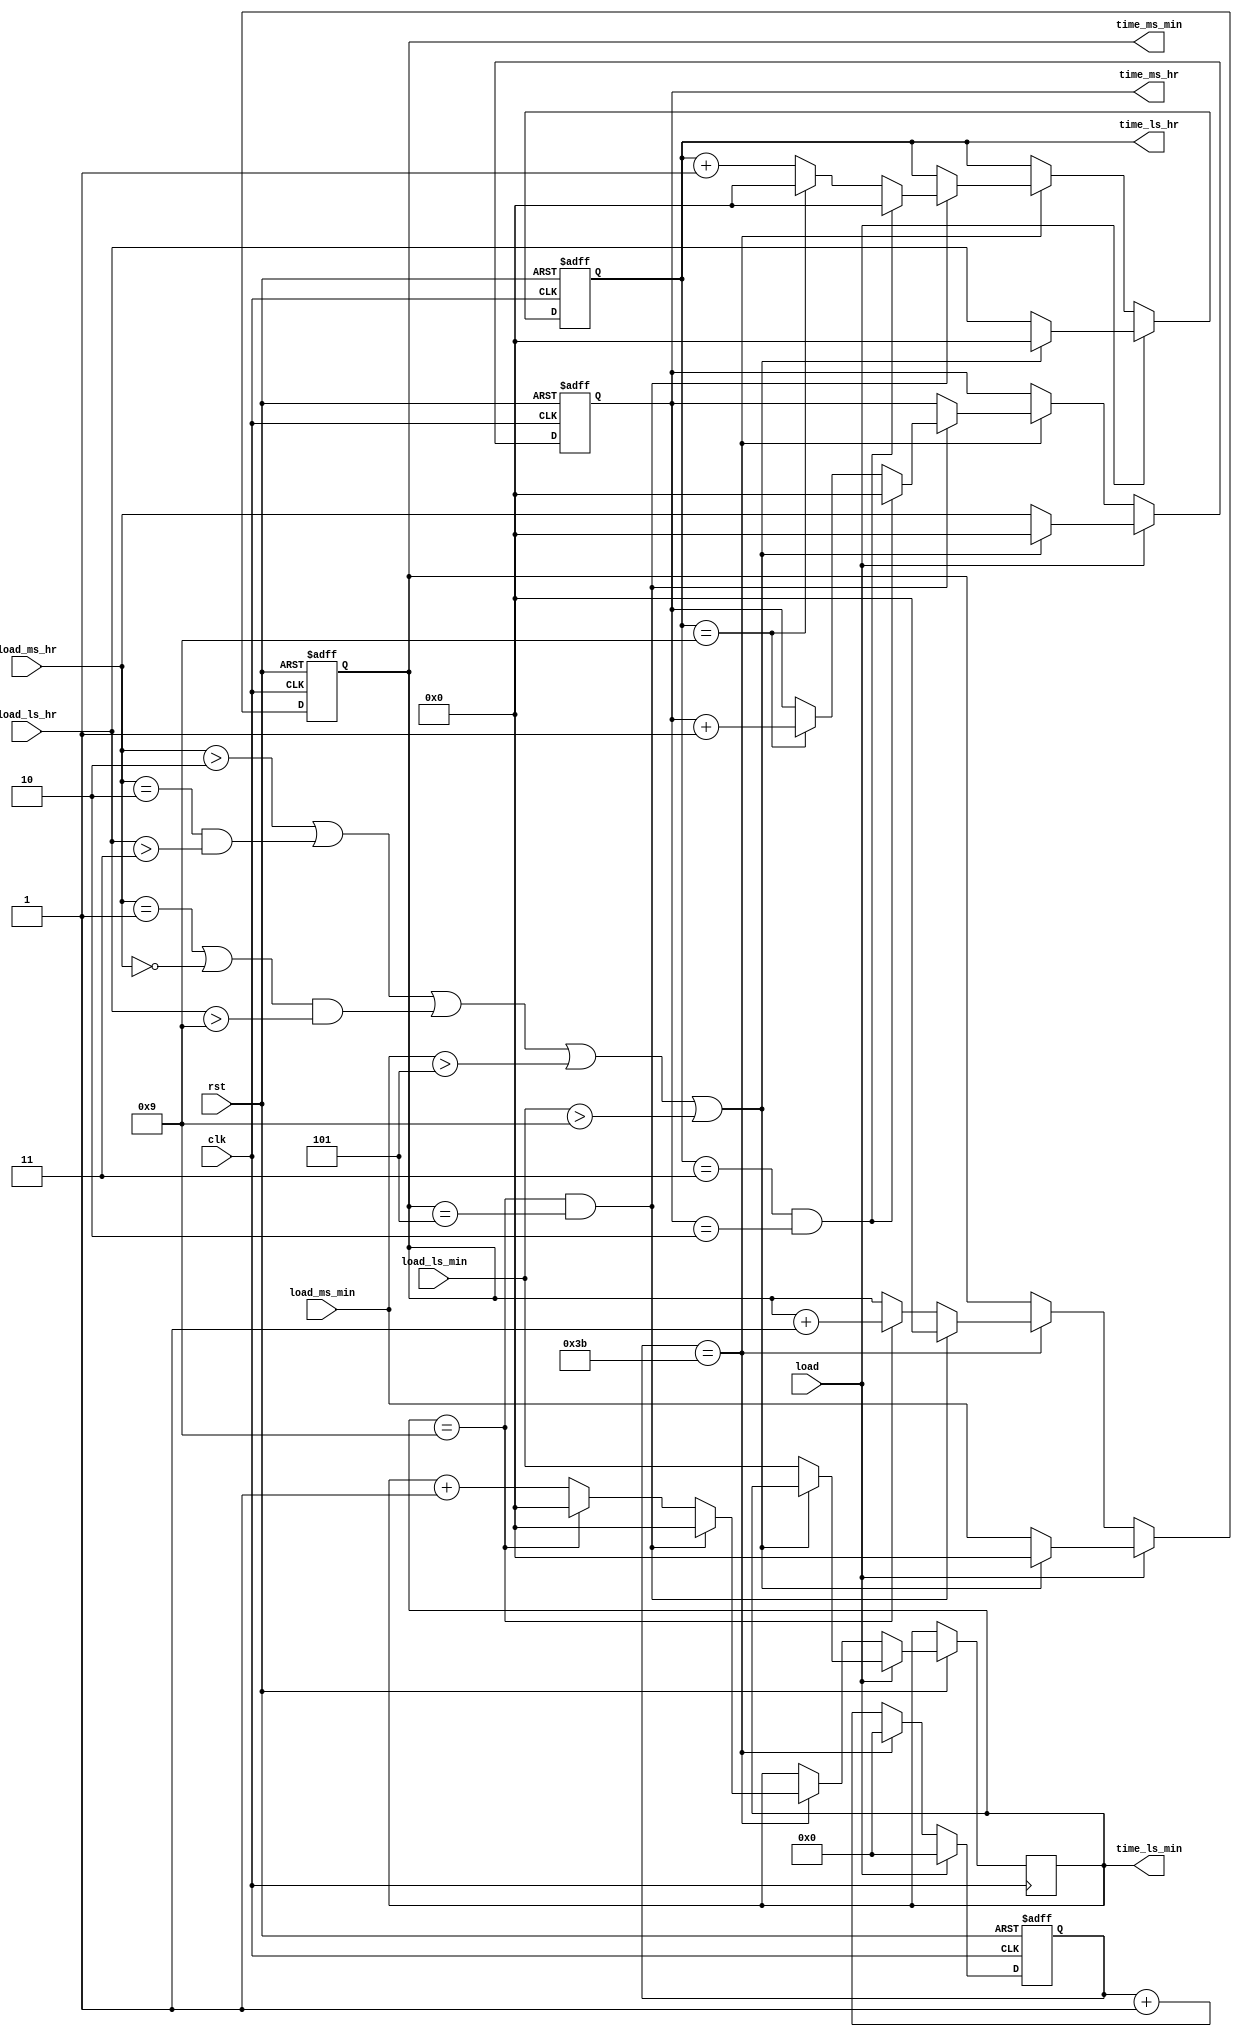
module clock(clk,rst,load,load_ms_hr,load_ls_hr,load_ms_min,load_ls_min,time_ms_hr,
		time_ls_hr,time_ms_min,time_ls_min);

	input clk,rst,load;
	input [3:0] load_ms_hr,load_ls_hr;
	input [3:0] load_ms_min,load_ls_min;
	output reg [3:0] time_ms_hr,time_ls_hr,time_ms_min,time_ls_min;
	reg [6:0] s;
always@(posedge clk or negedge rst)
begin
	if(!rst)
	begin
		time_ms_hr<=0;
		time_ls_hr<=0;
		time_ms_min<=0;
		time_ms_min<=0;
		s<=0;
	end

	else
	begin
		if(load)
		begin
			if((load_ms_hr>2)||((load_ms_hr==2)&&(load_ls_hr>3))||(((load_ms_hr==1)||(load_ms_hr==0))&&(load_ls_hr>9))||(load_ms_min>5)||(load_ls_min>9))
			begin
				time_ms_hr<=0;
				time_ls_hr<=0;
				time_ms_min<=0;
				time_ms_min<=0;
				s<=0;				
			end
			else
			begin
				time_ms_hr<=load_ms_hr;
				time_ls_hr<=load_ls_hr;
				time_ms_min<=load_ms_min;
				time_ls_min<=load_ls_min;
				s<=0;
			end
		end
		else
		begin
			if(s==59)
			begin
				if((time_ls_min==9)&&(time_ms_min==5))
				begin
					if((time_ls_hr==3)&&(time_ms_hr==2))
					begin
						time_ls_hr<=0;
						time_ms_hr<=0;
						time_ls_min<=0;
						time_ms_min<=0;
						s<=0;
					end
					else
					begin
						if(time_ls_hr==9)
						begin
							time_ls_hr<=0;
							time_ms_hr<=time_ms_hr+1'b1;
							time_ls_min<=0;
							time_ms_min<=0;
							s<=0;
						end
						else
						begin
							time_ls_hr<=time_ls_hr+1'b1;
							time_ms_hr<=time_ms_hr;
							time_ms_min<=0;
							time_ls_min<=0;
							s<=0;
						end
					end
				end
				else
				begin
					if(time_ls_min==9)
					begin
						time_ls_min<=0;
						time_ms_min<=time_ms_min+1'b1;
						time_ms_hr<=time_ms_hr;
						time_ls_hr<=time_ls_hr;
						s<=0;
					end
					else
					begin
						time_ls_min<=time_ls_min+1'b1;
						time_ms_min<=time_ms_min;
						time_ms_hr<=time_ms_hr;
						time_ls_hr<=time_ls_hr;
						s<=0;
					end
				end
			end
			else
			begin
				s<=s+1'b1;
				time_ls_min<=time_ls_min;
				time_ms_min<=time_ms_min;
				time_ls_hr<=time_ls_hr;
				time_ms_hr<=time_ms_hr;
			end
		end
	end
end
		
endmodule